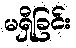
မရှိခြင်း